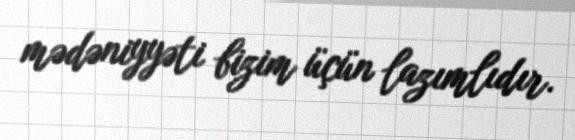
mədəniyyəti bizim üçün lazımlıdır.